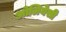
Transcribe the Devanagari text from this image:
ओलियेसी